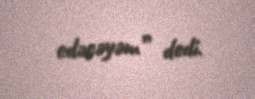
edəcəyəm” dedi.